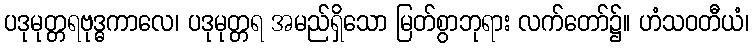
ပဒုမုတ္တရဗုဒ္ဓကာလေ၊ ပဒုမုတ္တရ အမည်ရှိသော မြတ်စွာဘုရား လက်တော်၌။ ဟံသဝတီယံ၊